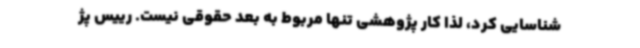
شناسایی کرد، لذا کار پژوهشی تنها مربوط به بعد حقوقی نیست. رییس پژ